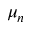
\mu _ { n }